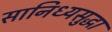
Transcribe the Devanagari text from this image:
सानिध्यसुद्धा